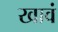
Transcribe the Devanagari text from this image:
खावं